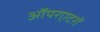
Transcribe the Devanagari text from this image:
ऑपरएटरों